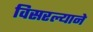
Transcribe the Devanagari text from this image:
विसरल्याने